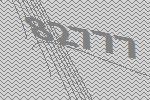
82777